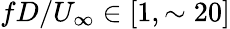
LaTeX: fD/U_{\infty}\in[1,\sim 20]